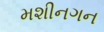
મશીનગન